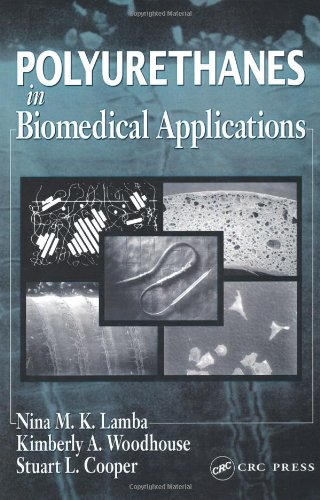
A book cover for Polyurethanes in Biomedical Applications; Nina M.K. Lamba; Medical Books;